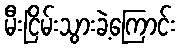
မီးငြိမ်းသွားခဲ့ကြောင်း